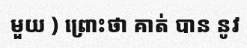
មួយ ) ព្រោះថា គាត់ បាន នូវ